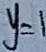
y = 1